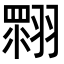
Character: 𦑲